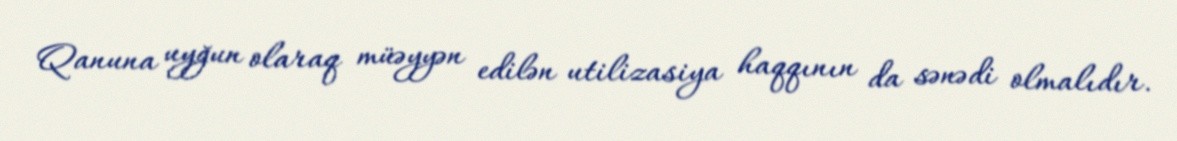
Qanuna uyğun olaraq müəyyən edilən utilizasiya haqqının da sənədi olmalıdır.